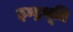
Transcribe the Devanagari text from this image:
इन्द्रभूति